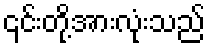
၎င်းတို့အားလုံးသည်